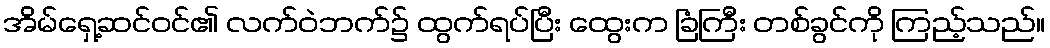
အိမ်ရှေ့ဆင်ဝင်၏ လက်ဝဲဘက်၌ ထွက်ရပ်ပြီး ထွေးက ခြံကြီး တစ်ခွင်ကို ကြည့်သည်။